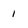
Character: 1